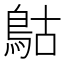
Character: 𩿵